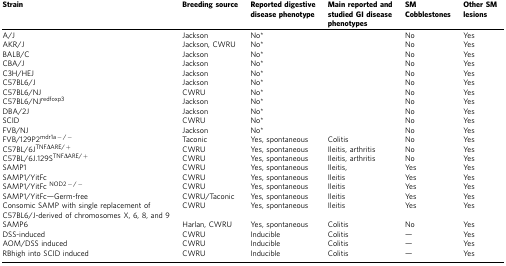
| Strain | Breeding source | Reported digestive disease phenotype | Main reported and studied GI disease phenotypes | SM Cobblestones | Other SM lesions |
 | --- | --- | --- | --- | --- | --- |
 | A/J | Jackson | No* |  | No | Yes |
 | AKR/J | Jackson, CWRU | No* |  | No | Yes |
 | BALB/C | Jackson | No* |  | No | Yes |
 | CBA/J | Jackson | No* |  | No | Yes |
 | C3H/HEJ | Jackson | No* |  | No | Yes |
 | C57BL6/J | Jackson | No* |  | No | Yes |
 | C57BL6/NJ | CWRU | No* |  | No | Yes |
 | C57BL6/NJredfoxp3 | Jackson | No* |  | No | Yes |
 | DBA/2J | Jackson | No* |  | No | Yes |
 | SCID | CWRU | No* |  | No | Yes |
 | FVB/NJ | Jackson | No* |  | No | Yes |
 | FVB/129P2mdr1a−/− | Taconic | Yes, spontaneous | Colitis | No | Yes |
 | C57BL/6JTNFΔARE/+ | CWRU | Yes, spontaneous | Ileitis, arthritis | No | Yes |
 | C57BL/6J.129STNFΔARE/+ | CWRU | Yes, spontaneous | Ileitis, arthritis | No | Yes |
 | SAMP1 | CWRU | Yes, spontaneous | Ileitis, | Yes | Yes |
 | SAMP1/YitFc | CWRU | Yes, spontaneous | Ileitis | Yes | Yes |
 | SAMP1/YitFc NOD2−/− | CWRU | Yes, spontaneous | Ileitis | Yes | Yes |
 | SAMP1/YitFc—Germ-free | CWRU/Taconic | Yes, spontaneous | Ileitis | Yes | Yes |
 | Consomic SAMP with single replacement of C57BL6/J-derived of chromosomes X, 6, 8, and 9 | CWRU | Yes, spontaneous | Ileitis | Yes | Yes |
 | SAMP6 | Harlan, CWRU | Yes, spontaneous | Colitis | No | Yes |
 | DSS-induced | CWRU | Inducible | Colitis | — | Yes |
 | AOM/DSS induced | CWRU | Inducible | Colitis | — | Yes |
 | RBhigh into SCID induced | CWRU | Inducible | Colitis | — | Yes |